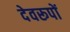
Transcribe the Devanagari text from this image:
देवरूपों